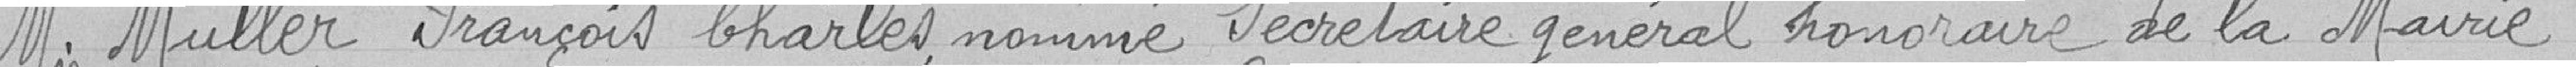
M. Muller François Charles nommé Secrétaire général honoraire de la Mairie